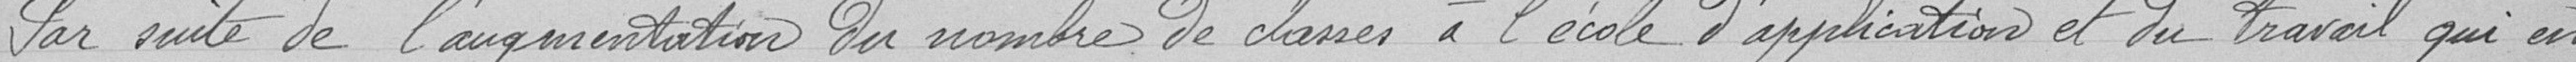
Par suite de l'augmentation du nombre de classes à l'école d'application et du travail qui en